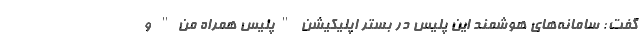
گفت: سامانه‌های هوشمند این پلیس در بستر اپلیکیشن "پلیس همراه من" و